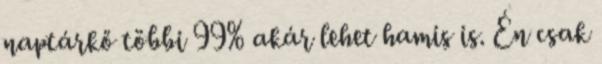
naptárkő többi 99% akár lehet hamis is. Én csak